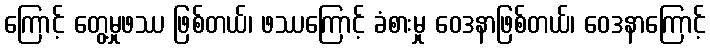
ကြောင့် တွေ့မှုဖဿ ဖြစ်တယ်၊ ဖဿကြောင့် ခံစားမှု ဝေဒနာဖြစ်တယ်၊ ဝေဒနာကြောင့်